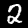
Label: 2